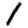
Digit: 1